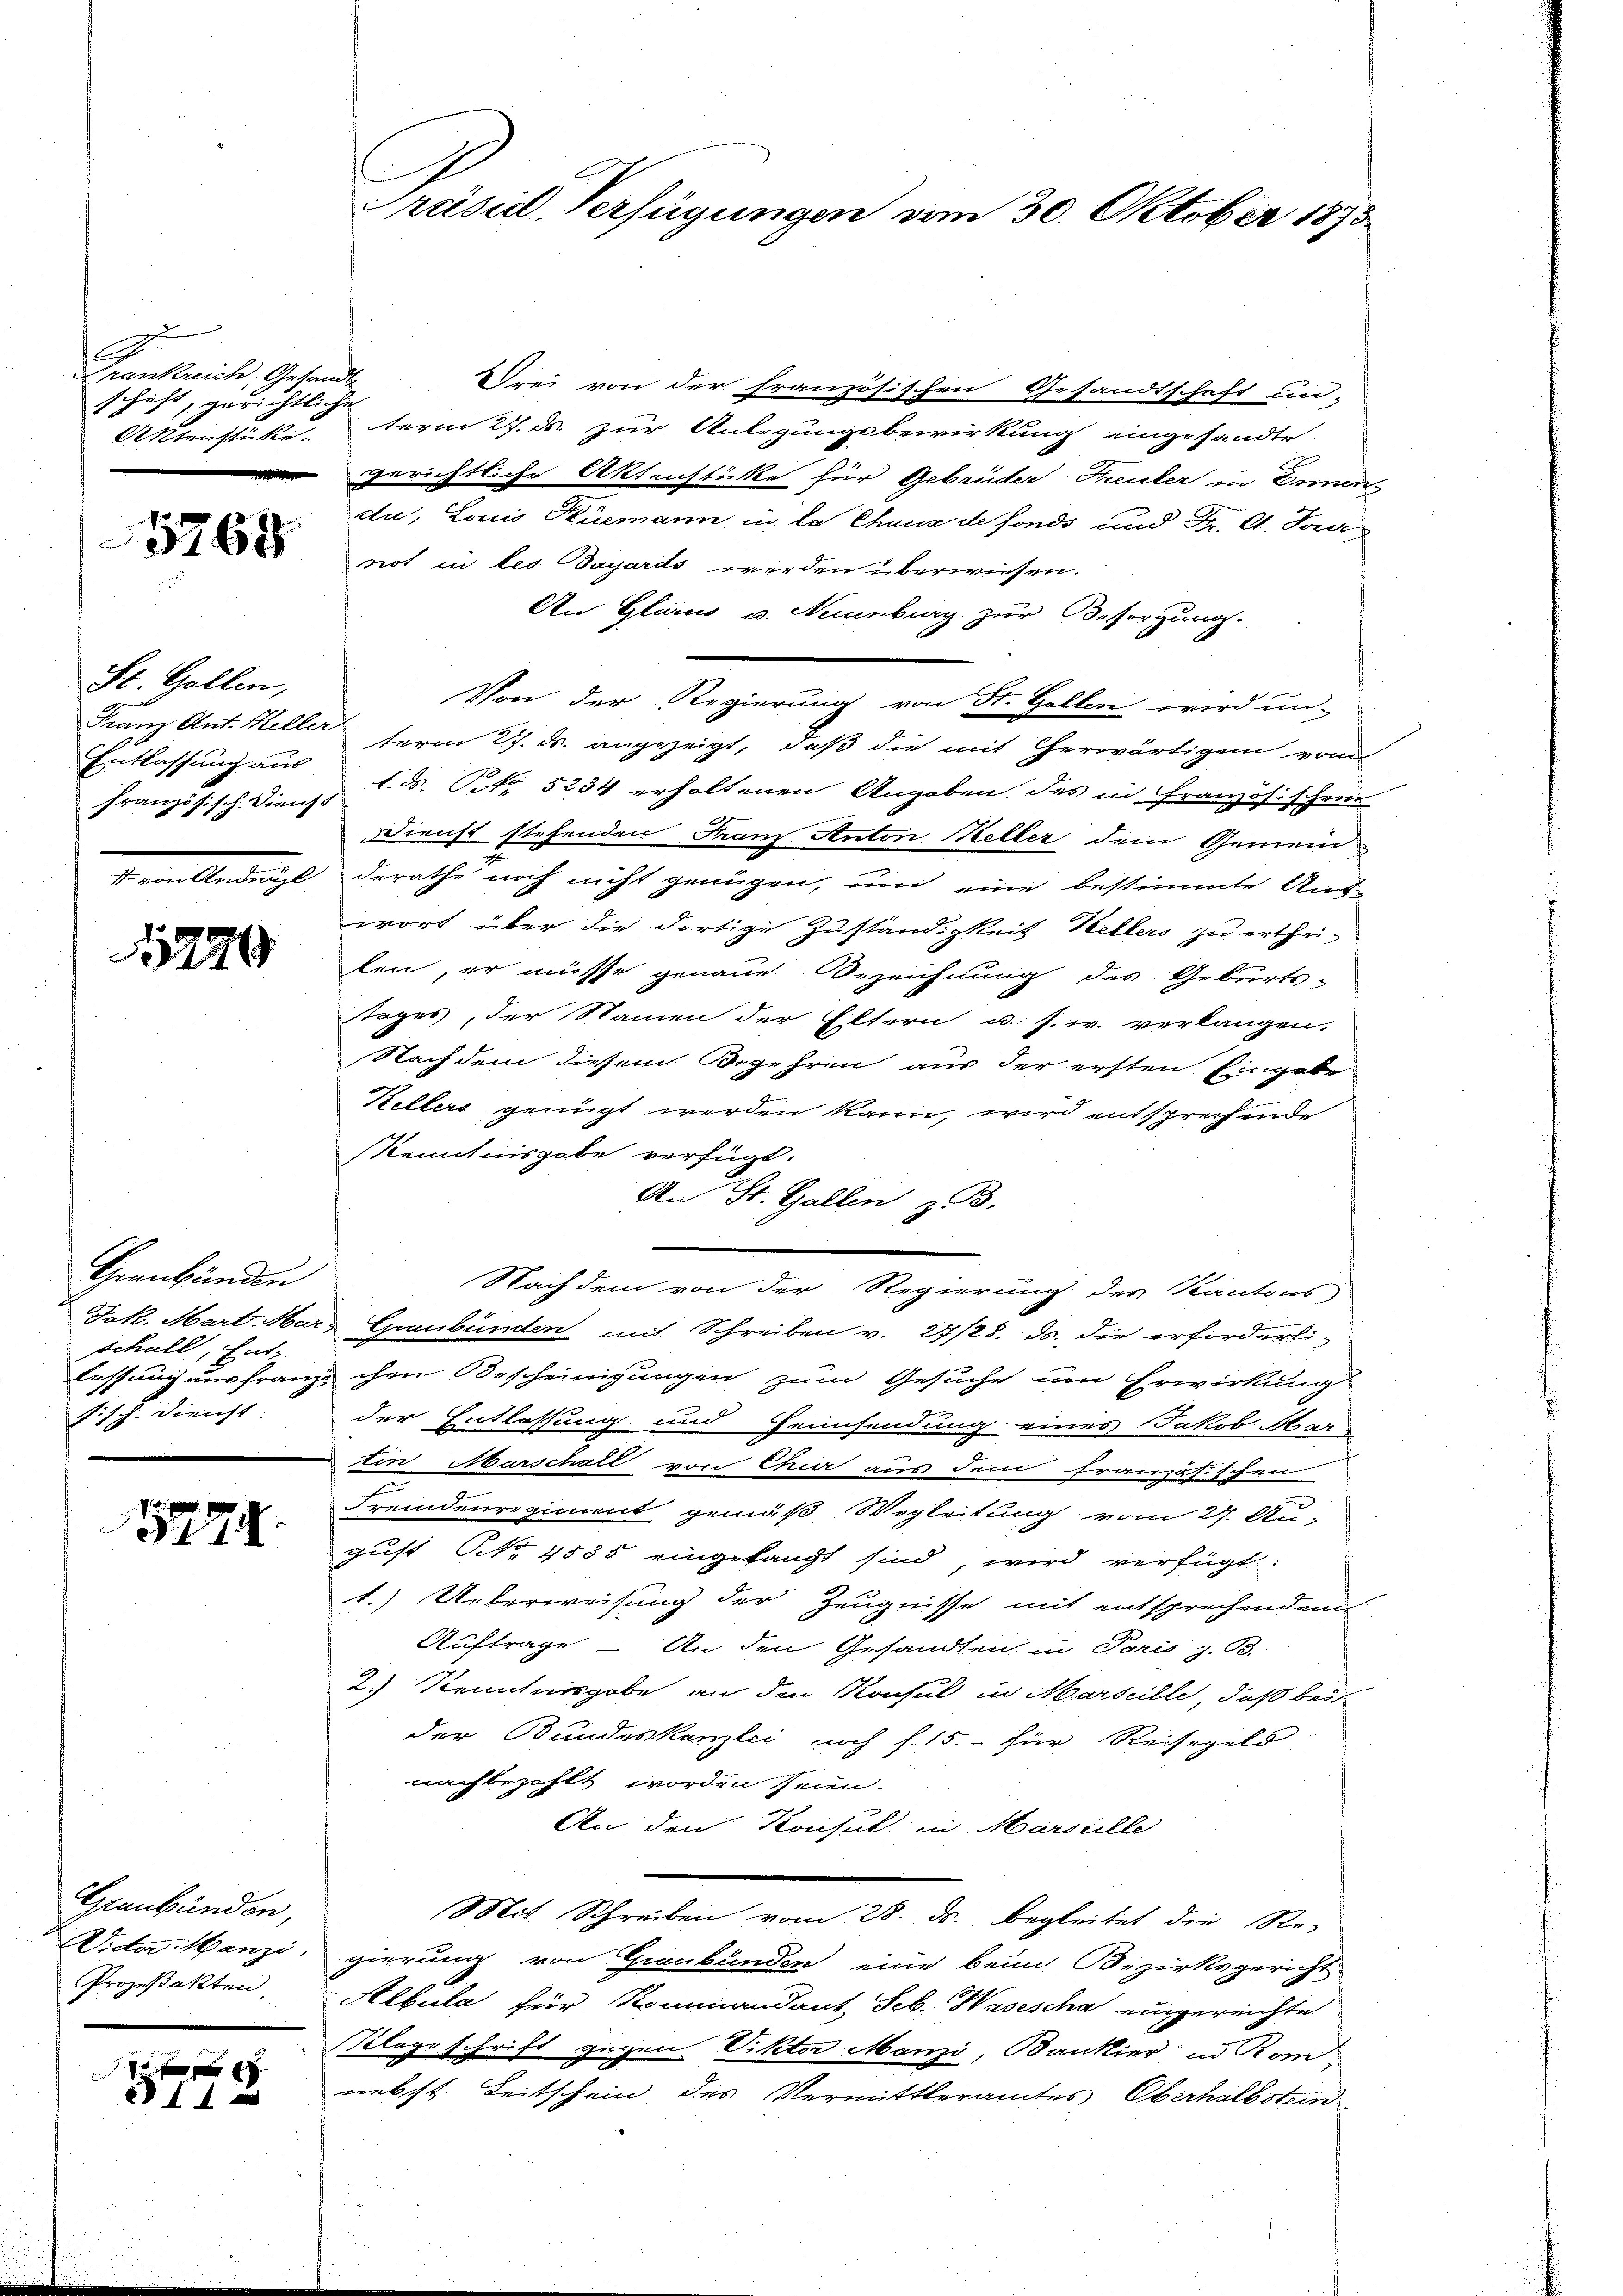
Frankrich, Gesandtschäft, gerichtliche

5768

St. Gallen,
Entlassung aus
Französisch. Dienst
.

1279

Hraubünden
Schull, Ent-
sisch. Dienst

7

Graubünden,
Victor Manzi,
Prozeßakten,

f 4 x

Präsid. Verfügungen am 30. Oktober 1890

Drei von der französischen Gesandtschaft un-
Aktenstüke term 27. ds. zur Anlegungsbewirkung eingesandte
gerichtliche Aktenstüke für Gebrüder Freuter in Ennen,
ca, Lonis Küemann in la Chuna de fonds und Fr. l. Jan
not in les Gayards werden überwiesen.
An Glarus u. Neuenburg zur Besorgung.
Franz Ant. Heller term 27. ds. angezeigt, daß die mit herwärtigen vom
1. ds. Pr. 5234 erholtenen Angaben, des in Französischen
Dienst stehenden Franz Anton Heller dem Gemeinderathe noch nicht genügen, und eine bestimmte Aus-
wort über die dortige Zuständigkeit Hellers zu erthei-
len, er müsse genaue Bezeichnung des Geburts-
tages, der Namen der Eltern u. s. w. verlangen.
Nachdem diesem Begehren aus der ersten Eingabe
Kellers genügt werden kann, wird entsprechende
Kenntnisgabe verfügt.
An St. Gallen z. B.
Nachdem von der Regierung des Kantons
Jak. Mart. Ward Graubünden mit Schreiben v. 24/28. ds. die erforderli-
lassung ausfranz ihre Bescheinigungen zum Gesuche um Erwirkung
der Entlassung und Heinsendung eines Jakob Mar
tin Marschall von Chiar aus dem französischen
Fremdenregiment gemäß Wegleitung vom 27. Au-
gust No 1535 eingelangt sind, wird verfügt:
1.) Ueberweisung der Zeugnisse mit entsprechendem
Auftrage – An den Gesandten in Paris z. B.
2.) Kenntnisgabe an den Konsul in Marseille, daß beid
der Bundeskanzlei noch f. 15. für Reisegeld
nachbezahlt worden seien.
An den Konsul in Marsielle
Mit Schreiben vom 28. ds. begleitet die Re-
gierung von Graubünden, eine beim Bezirksgericht
Albula für Rominandant, Seb. Wasescha eingereichte
Tilage schrift gegen Viktor Manzi, Bankier in Rom,
nebst Leitschein des Vermittleramtes Oberhalbstan

Von der Regierung von St. Gallen wird un-